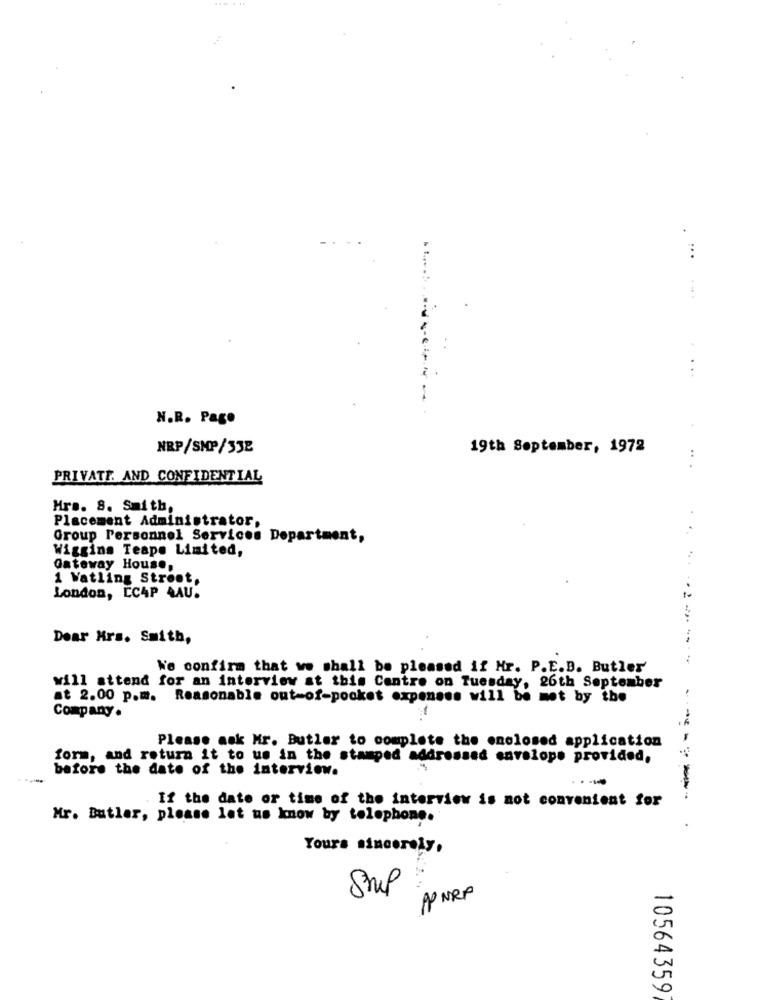
. ..
....
...
-------
N.R. Pago
NRP/SMP/332
19th September, 1972
..
PRIVATE AND CONFIDENTIAL
Hra. 8. Smith,
Placement Administrator,
Group Personnel Services Department,
Wiggins Teape Limited,
Gateway House,
1 Vatling Stroot,
London, ECAP AAU.
Dear Mrs. Smith,
.........----
We confirm that we shall be pleased if Hr. P.E.B. Butler
will attend for an interview at this Centre on Tuesday, 26th September
at 2.00 p.m. Reasonable out-of-pocket expenses will be met by the
Company .
Please ask Mr. Butler to complete the enclosed application
form, and return it to us in the stamped addressed cavalops provided,
before the date of the interview.
-
If the date or time of the interview is not convenient for
-----
Mr. Butler, please let us know by telephone.
.
Yours sincerely,
Smp
APNRP
10564359